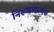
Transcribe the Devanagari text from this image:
निरूपणात्मक